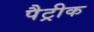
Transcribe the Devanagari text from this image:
पैट्रीक